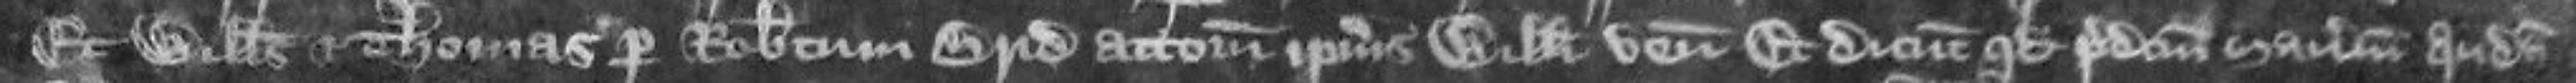
Et Willelmus et Thomas per Robertum Brid attornatum ipsius Willelmi veniunt Et dicunt quod predictum manerium quondam